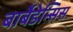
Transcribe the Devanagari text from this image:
बार्बेडेन्सिस